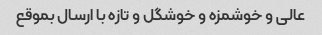
عالی و خوشمزه و خوشگل و تازه با ارسال بموقع